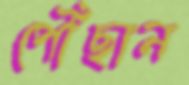
পৌঁছান